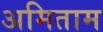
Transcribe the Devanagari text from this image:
अमिताम